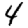
Digit: 4